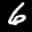
Label: 6